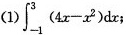
(1) $$\int _ { - 1 } ^ { 3 } ( 4 x - x ^ { 2 } ) d x$$ ；